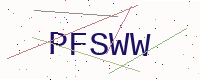
Text: PFSWW